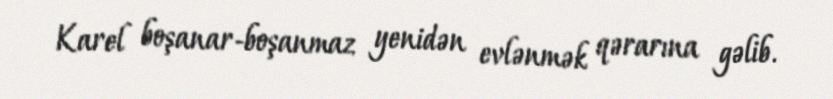
Karel boşanar-boşanmaz yenidən evlənmək qərarına gəlib.